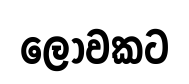
ලොවකට